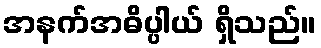
အနက်အဓိပ္ပါယ် ရှိသည်။